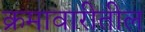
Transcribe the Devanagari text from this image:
क्रमावारीतील